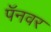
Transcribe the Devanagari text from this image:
पॅनवर